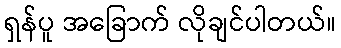
ရှန်ပူ အခြောက် လိုချင်ပါတယ်။